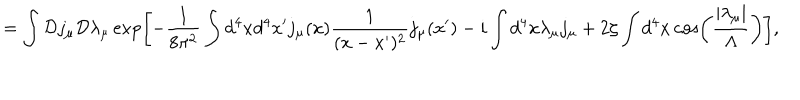
LaTeX: = \int { \cal D } j _ { \mu } { \cal D } \lambda _ { \mu } \exp \left[ - \frac { 1 } { 8 \pi ^ { 2 } } \int d ^ { 4 } x d ^ { 4 } x ^ { \prime } j _ { \mu } ( x ) \frac { 1 } { ( x - x ^ { \prime } ) ^ { 2 } } j _ { \mu } ( x ^ { \prime } ) - i \int d ^ { 4 } x \lambda _ { \mu } j _ { \mu } + 2 \zeta \int d ^ { 4 } x \cos \left( \frac { \left| \lambda _ { \mu } \right| } { \Lambda } \right) \right] ,